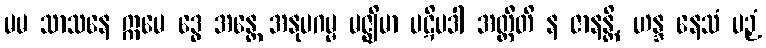
မမ သာသနေ ဣမေ ဒွေ အန္တေ အနုပဂမ္မ မဇ္ဈိမာ ပဋိပဒါ အတ္ထီတိ န ဇာနန္တိ, ဟန္ဒ နေသံ ပဉှံ